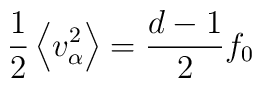
\frac{1}{2} \left \langle v_{\alpha}^2 \right \rangle =\frac{d-1}{2}f_0